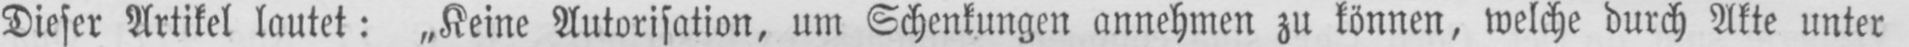
Dieser Artikel lautet: „Keine Autorisation, um Schenkungen annehmen zu können, welche durch Akte unter